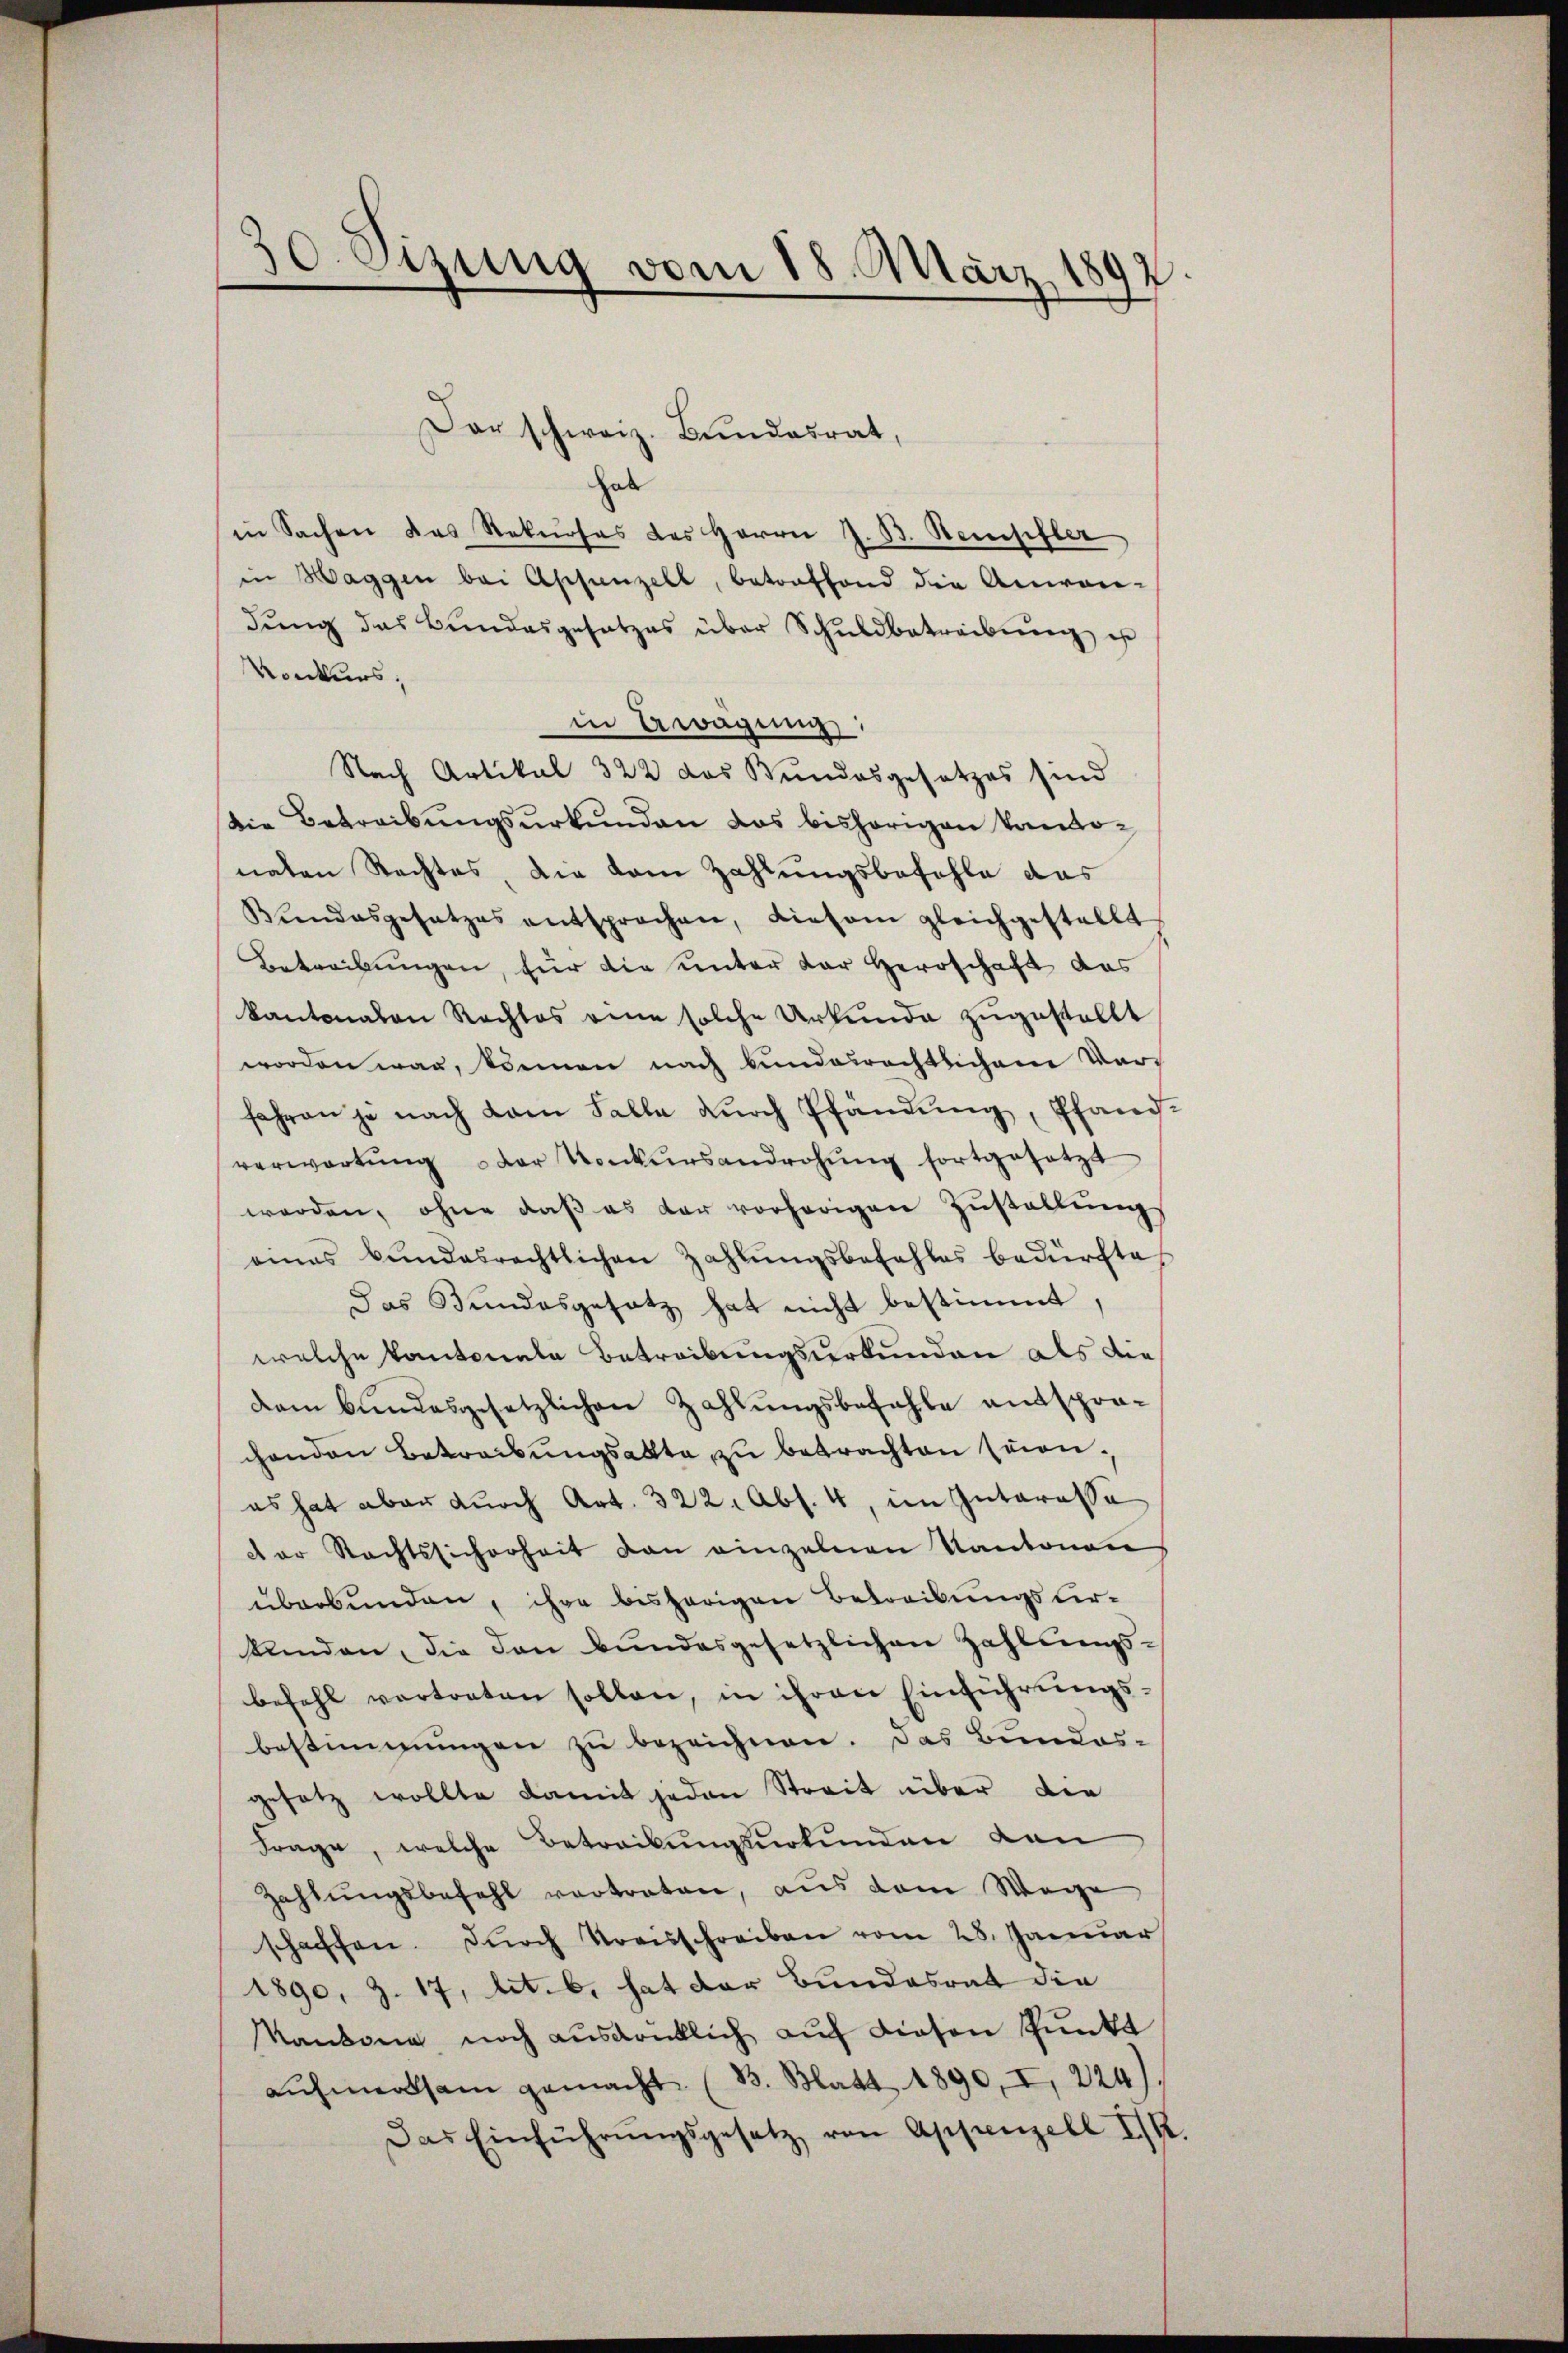
30. Sizung vom 18. März 1892.
f

Dar schweiz. Bundesrat,
hab
in Sachen das Rekŭrses des Herrn J. B. Steinschler
in Haggen bei Appenzell, betreffend die Anwen-
dŭng des Bŭndesgesetzes über Schŭldbetreibŭng ist
Konkurs;
in Erwägung
Nach Artikal 322 das Bundesgesetzes sind
Die Betreibungsurkunden das bisherigen kantonaten Rechtes, die vom Zahlungsbefehle das
Bundesgesetzes entsprochen, diesem gleichgestellt
Betreibungen, für die unter der Herrschaft das
kantonalen Rechtes eine solche Urkunde zugestellt
worden war, können nach bundesrechtlichen Vor-
fahren je nach dem Falle dŭrch Pfändŭng, Pfand-
verwartŭng der Konkŭrsandrohŭng fortgesetzt
werden, ohne daβ es dar vorherigen Zustellungs
eines Bŭndesrechtlichen Zahlŭngsbefehles bedürfte,
Das Bundesgesetz hat nicht bestimmt
welche kantonale Betreibungsurkunden als die
dem Bundesgesetzlichen Zahlungsbefehle entsprachenden Betreibungsakte zu betrachten seienes hat aber durch Art. 322. Abs. 4, im Interesse
der Rechtssicherheit den einzelnen Kantonen
überbunden, ihre bisherigen Betreibungsurklinden, die don bundesgesetzlichen Zahlungs-
befehl vertreten sollen, in ihren Einführŭngs-
bestimmungen zu bezeichnen. Das Bundes-
gesetz wollte damit jeden Streit über die
Frage, welche Betreibungsurkunden von
Zahlŭngsbefehl vertraten, aus dem Wege
schaffen. Durch Kreisschreiben vom 28. Januar
1890, Z. 17, lit. b, hat der Bundesrat die
kankona noch ausdrüklich auf diesen Punkt
aŭfmerksam gemacht (B. Blatt 1890, I, 224).
Das Einführŭngsgesetz von Appenzell I.R.